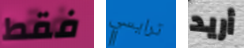
فقط ترايسي أريد